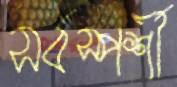
সর্বস্পর্শী